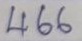
466